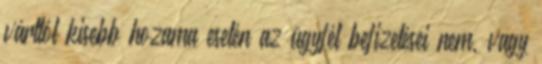
várttól kisebb hozama esetén az ügyfél befizetései nem, vagy